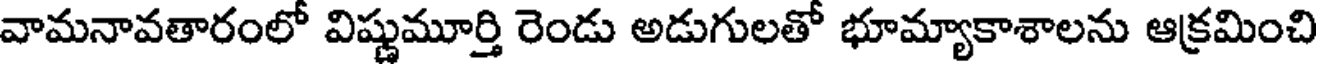
వామనావతారంలో విష్ణుమూర్తి రెండు అడుగులతో భూమ్యాకాశాలను ఆక్రమించి